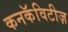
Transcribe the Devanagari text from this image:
कनकॅविटीज़